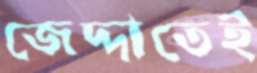
জেদ্দাতেই